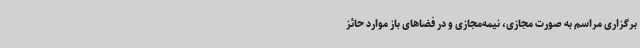
برگزاری مراسم به صورت مجازی، نیمه‌مجازی و در فضاهای باز موارد حائز